Indian journal of veterinary science and animal husbandry - Volume 11,
Year: 1941
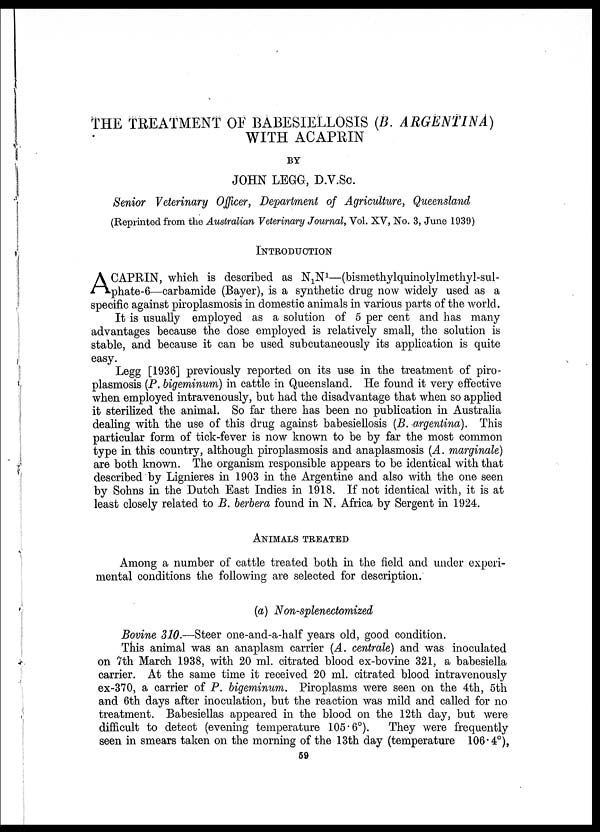
THE TREATMENT OF BABESIELLOSIS (B. ARGENTINA)
WITH ACAPRIN
BY
JOHN LEGG, D. V. Sc.
Senior Veterinary
(Reprinted from the Australian Veterinary Journal, Vol. XV, No. 3, June 1939)
INTRODUCTION
A CAPRIN, which is described as N 1 N 1 —(bismethylquinolylmethyl-sul-
phate-6—carbamide (Bayer), is a synthetic drug now widely used as a
specific against piroplasmosis in domestic animals in various parts of the world.
It is usually employed as a solution of 5 per cent and has many
advantages because the dose employed is relatively small, the solution is
stable, and because it can be used subcutaneously its application is quite
easy.
Legg [1936] previously reported on its use in the treatment of piro-
plasmosis (P. bigeminum) in cattle in Queensland. He found it very effective
when employed intravenously, but had the disadvantage that when so applied
it sterilized the animal. So far there has been no publication in Australia
dealing with the use of this drug against babesiellosis (B. argentina). This
particular form of tick-fever is now known to be by far the most common
type in this country, although piroplasmosis and anaplasmosis (A. marginale)
are both known. The organism responsible appears to be identical with that
described by Lignieres in 1903 in the Argentine and also with the one seen
by Sohns in the Dutch East Indies in 1918. If not identical with, it is at
least closely related to B. berbera found in N. Africa by Sergent in 1924.
ANIMALS TREATED
Among a number of cattle treated both in the field and under experi-
mental conditions the following are selected for description.
(a) Non-splenectomized
Bovine 310. —Steer one-and-a-half years old, good condition.
This animal was an anaplasm carrier (A. centrale) and was inoculated
on 7th March 1938, with 20 ml. citrated blood ex-bovine 321, a babesiella
carrier. At the same time it received 20 ml. citrated blood intravenously
ex-370, a carrier of P. bigeminum. Piroplasms were seen on the 4th, 5th
and 6th days after inoculation, but the reaction was mild and called for no
treatment. Babesiellas appeared in the blood on the 12th day, but were
difficult to detect (evening temperature 105.6°). They were frequently
seen in smears taken on the morning of the 13th day (temperature 106.4°),
59